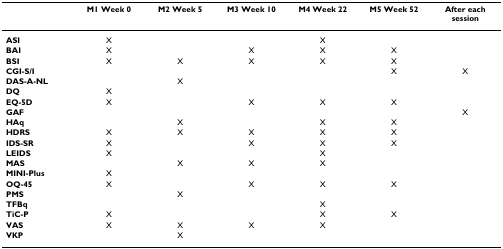
|  | M1 Week 0 | M2 Week 5 | M3 Week 10 | M4 Week 22 | M5 Week 52 | After each session |
 | --- | --- | --- | --- | --- | --- | --- |
 | ASI | X |  |  | X |  |  |
 | BAI | X |  | X | X | X |  |
 | BSI | X | X | X | X | X |  |
 | CGI-S/I |  |  |  |  | X | X |
 | DAS-A-NL |  | X |  |  |  |  |
 | DQ | X |  |  |  |  |  |
 | EQ-5D | X |  | X | X | X |  |
 | GAF |  |  |  |  |  | X |
 | HAq |  | X |  | X | X |  |
 | HDRS | X | X | X | X | X |  |
 | IDS-SR | X |  | X | X | X |  |
 | LEIDS | X |  |  | X |  |  |
 | MAS |  | X | X | X |  |  |
 | MINI-Plus | X |  |  |  |  |  |
 | OQ-45 | X |  | X | X | X |  |
 | PMS |  | X |  |  |  |  |
 | TFBq |  |  |  | X |  |  |
 | TiC-P | X |  |  | X | X |  |
 | VAS | X | X | X | X |  |  |
 | VKP |  | X |  |  |  |  |